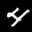
Label: 4